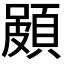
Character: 𮨐